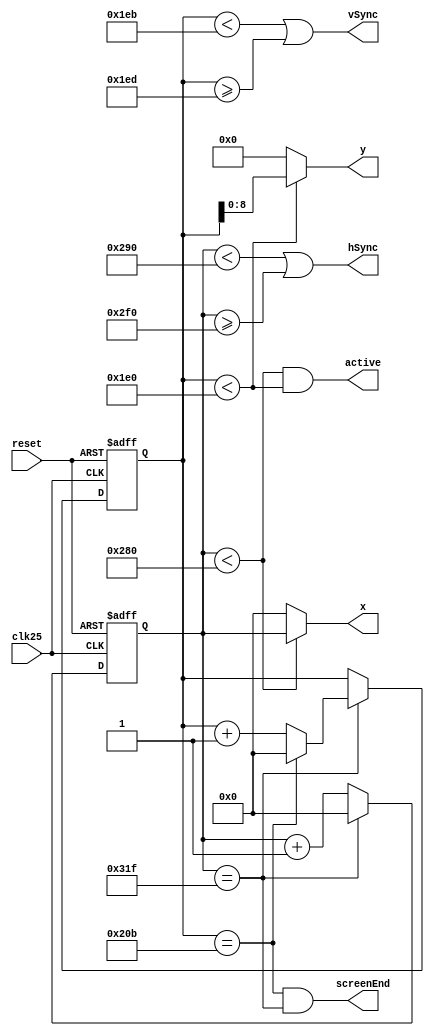
module VGATimingGenerator #(parameter HEIGHT=480, WIDTH=640) (
	input clk25, 		// 25 MHz clock
	input reset, 		// Reset the Frame
	output active, 		// In the visible area
	output screenEnd,	// High for one cycle between frames
	output hSync,		// Horizontal sync, active high, marks the end of a horizontal line
	output vSync,		// Vertical sync, active high, marks the end of a vertical line
	output[9:0] x,		// X coordinate from left
	output[8:0] y);		// Y coordinate from top
	
	/*///////////////////////////////////////////
	--          		VGA Timing
	--  Horizontal:
	--                   ___________             _____________
	--                  |           |           |
	--__________________|  VIDEO    |___________|  VIDEO (next line)

	--___________   _____________________   ______________________
	--           |_|                     |_|
	--            B <-C-><----D----><-E->
	--           <------------A--------->
	--  The Units used below are pixels;  
	--      B->Sync_cycle                   : H_SYNC_WIDTH
	--      C->Back_porch                   : H_BACK_PORCH
	--      D->Visable Area					: WIDTH
	--      E->Front porch                  : H_FRONT_PORCH
	--      A->horizontal line total length : H_LINE
	--	
	--	
	--	Vertical:
	--                   __________             _____________
	--                  |          |           |          
	--__________________|  VIDEO   |___________|  VIDEO (next frame)
	--
	--__________   _____________________   ______________________
	--          |_|                     |_|
	--           P <-Q-><----R----><-S->
	--          <-----------O---------->
	--	The Unit used below are horizontal lines;  
	--  	P->Sync_cycle                   : V_SYNC_WIDTH
	--  	Q->Back_porch                   : V_BACK_PORCH
	--  	R->Visable Area					: HEIGHT
	--  	S->Front porch                  : V_FRONT_PORCH
	--  	O->vertical line total length   : V_LINE
	///////////////////////////////////////////*/

	localparam 
		H_FRONT_PORCH = 16,
		H_SYNC_WIDTH  = 96,
		H_BACK_PORCH  = 48,

		H_SYNC_START = WIDTH + H_FRONT_PORCH,
		H_SYNC_END   = H_SYNC_START + H_SYNC_WIDTH,
		H_LINE       = H_SYNC_END + H_BACK_PORCH,

		V_FRONT_PORCH = 11,
		V_SYNC_WIDTH  = 2,
		V_BACK_PORCH  = 31,

		V_SYNC_START = HEIGHT + V_FRONT_PORCH,
		V_SYNC_END   = V_SYNC_START + V_SYNC_WIDTH,
		V_LINE       = V_SYNC_END + V_BACK_PORCH;

	// Count the position on the screen to decide the VGA regions
	reg[9:0] hPos = 0;
	reg[9:0] vPos = 0;
	always @(posedge clk25 or posedge reset) begin
		if(reset) begin
			hPos <= 0;
			vPos <= 0;
		end else begin
			if(hPos == H_LINE - 1) begin // End of horizontal line
				hPos <= 0;
				if(vPos == V_LINE - 1)   // End of vertical line
					vPos <= 0;
				else begin
					vPos <= vPos + 1;
				end
			end else 
				hPos <= hPos + 1;
		end
	end

	// Determine active regions
	wire activeX, activeY;
	assign activeX = (hPos < WIDTH);   // Active for the first 640 pixels of each line
	assign activeY = (vPos < HEIGHT);  // Active for the first 480 horizontal lines 
	assign active = activeX & activeY; // Active when both x and y are active      

	// Only output the x and y coordinates 
	assign x = activeX ? hPos : 0; // Output x coordinate when x is active. Otherwise 0
	assign y = activeY ? vPos : 0; // Output y coordinate when x is active. Otherwise 0

	// Screen ends when x and y reach their ends 
	assign screenEnd = (vPos == (V_LINE - 1)) & (hPos == (H_LINE - 1)); 

	// Generate the sync signals based on the parameters
	assign hSync = (hPos < H_SYNC_START) | (hPos >= H_SYNC_END);
	assign vSync = (vPos < V_SYNC_START) | (vPos >= V_SYNC_END);
endmodule